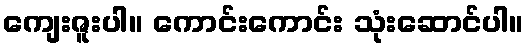
ကျေးဇူးပါ။ ကောင်းကောင်း သုံးဆောင်ပါ။